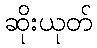
ဆိုးယုတ်